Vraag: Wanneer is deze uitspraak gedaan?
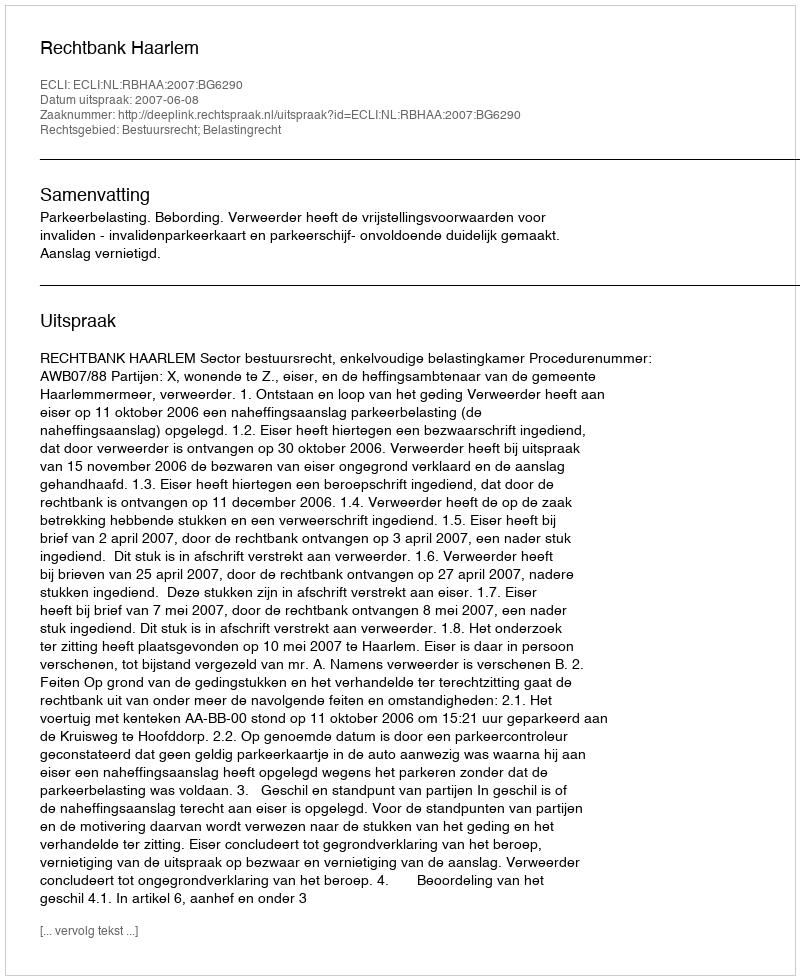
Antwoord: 2007-06-08